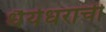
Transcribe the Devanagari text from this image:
धैर्यधराची